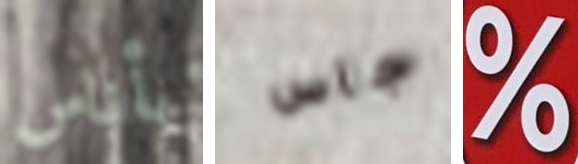
بأناس جاس %